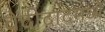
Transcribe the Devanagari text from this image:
वेंदीदादमध्यें